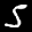
Label: 5